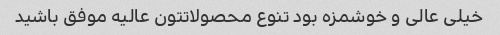
خیلی عالی و خوشمزه بود تنوع محصولاتتون عالیه موفق باشید